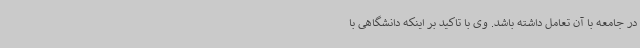
در جامعه با آن تعامل داشته باشد. وی با تاکید بر اینکه دانشگاهی با